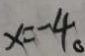
x = - 4 。